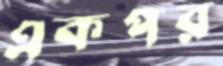
একপর